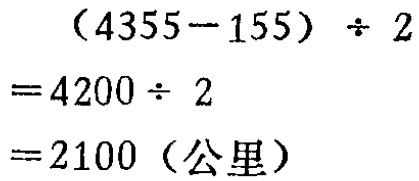
\((4355 - 155) \div 2\)
\(= 4200 \div 2\)
\(= 2100 \text{（公里）}\)